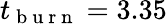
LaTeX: t_{\mathrm{~b~u~r~n~}}=3.35